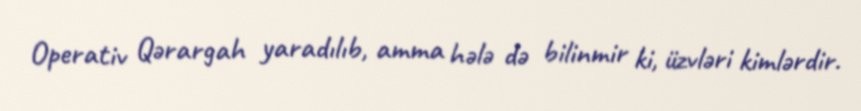
Operativ Qərargah yaradılıb, amma hələ də bilinmir ki, üzvləri kimlərdir.